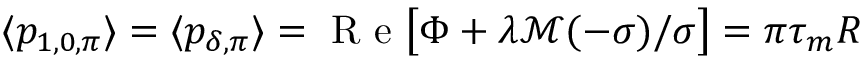
\langle p _ { 1 , 0 , \pi } \rangle = \langle p _ { \delta , \pi } \rangle = \mathrm { ~ R ~ e ~ } \big [ \Phi + \lambda \mathcal M ( - \sigma ) / \sigma \big ] = \pi \tau _ { m } R